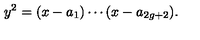
y ^ { 2 } = ( x - a _ { 1 } ) \cdots ( x - a _ { 2 g + 2 } ) .